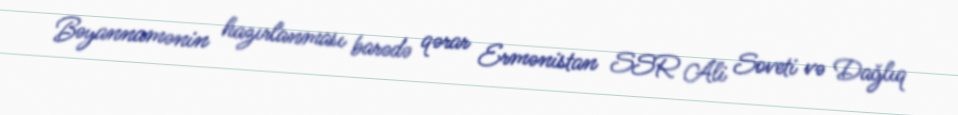
Bəyannamənin hazırlanması barədə qərar Ermənistan SSR Ali Soveti və Dağlıq